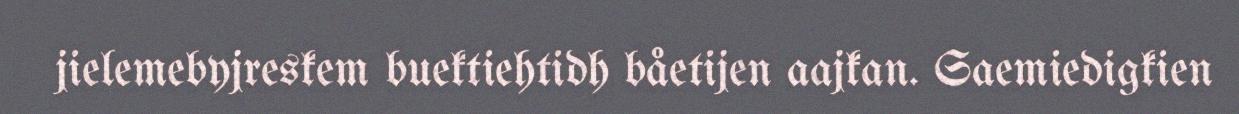
jielemebyjreskem buektiehtidh båetijen aajkan. Saemiedigkien